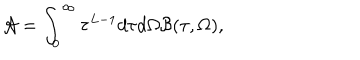
{ \cal A } = \int _ { 0 } ^ { \infty } \tau ^ { L - 1 } d \tau d \Omega { \cal B } ( \tau , \Omega ) ,